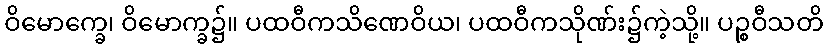
ဝိမောက္ခေ၊ ဝိမောက္ခ၌။ ပထဝီကသိဏေဝိယ၊ ပထဝီကသိုဏ်း၌ကဲ့သို့။ ပဉ္စဝီသတိ